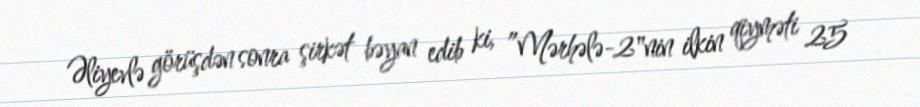
Əliyevlə görüşdən sonra şirkət bəyan edib ki, ”Mərhələ-2"nin ilkin qiyməti 25